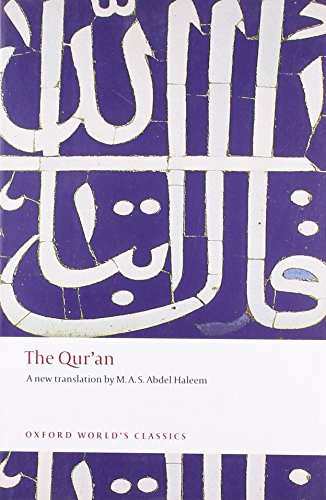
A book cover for The Qur'an (Oxford World's Classics); Religion & Spirituality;